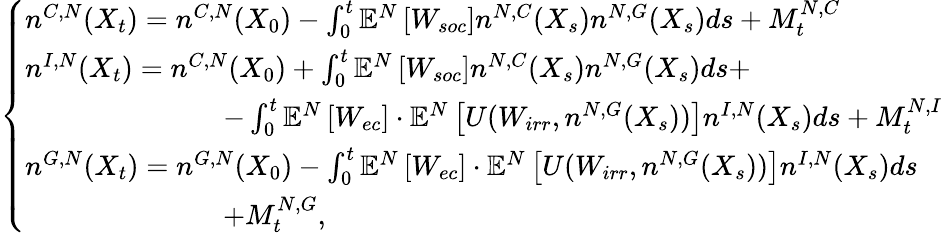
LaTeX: \left\{ \begin{array}{ll}{n^{C,N}(X_{t})=n^{C,N}(X_{0})-\int_{0}^{t}\mathbb{E}^{N}\left[W_{soc}\right]n^{N,C}(X_{s})n^{N,G}(X_{s})ds+M_{t}^{N,C}}\\ {n^{I,N}(X_{t})=n^{C,N}(X_{0})+\int_{0}^{t}\mathbb{E}^{N}\left[W_{soc}\right]n^{N,C}(X_{s})n^{N,G}(X_{s})ds+}\\ {\quad\quad\quad\quad\quad\quad\quad-\int_{0}^{t}\mathbb{E}^{N}\left[W_{ec}\right]\cdot\mathbb{E}^{N}\left[U(W_{irr},n^{N,G}(X_{s}))\right]n^{I,N}(X_{s})ds+M_{t}^{N,I}}\\ {n^{G,N}(X_{t})=n^{G,N}(X_{0})-\int_{0}^{t}\mathbb{E}^{N}\left[W_{ec}\right]\cdot\mathbb{E}^{N}\left[U(W_{irr},n^{N,G}(X_{s}))\right]n^{I,N}(X_{s})ds}\\ {\quad\quad\quad\quad\quad\quad\quad+M_{t}^{N,G},}\end{array}\right.